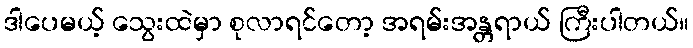
ဒါပေမယ့် သွေးထဲမှာ စုလာရင်တော့ အရမ်းအန္တရာယ် ကြီးပါတယ်။